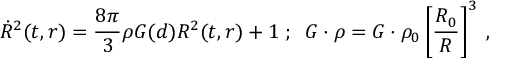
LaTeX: { \dot { R } } ^ { 2 } ( t , r ) = { \frac { 8 \pi } { 3 } } \rho G ( d ) R ^ { 2 } ( t , r ) + 1 \; ; \; \; G \cdot \rho = G \cdot \rho _ { 0 } \left[ { \frac { R _ { 0 } } { R } } \right] ^ { 3 } \; ,